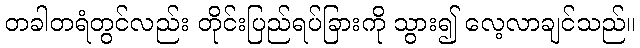
တခါတရံတွင်လည်း တိုင်းပြည်ရပ်ခြားကို သွား၍ လေ့လာချင်သည်။